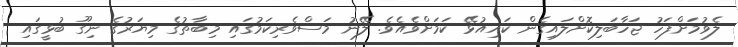
ލެވުމަށްފަހު ޖަހާބަލިކޮށްލައިގެން ކައިއުޅޭ ކަމަށްވެއެވެ. ލޭނު މަސްވެރިކަމުގައި މިބާތުގެ މިޔަރުގެ ނިގޫ ބުޅީގައި